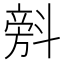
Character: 𣂆